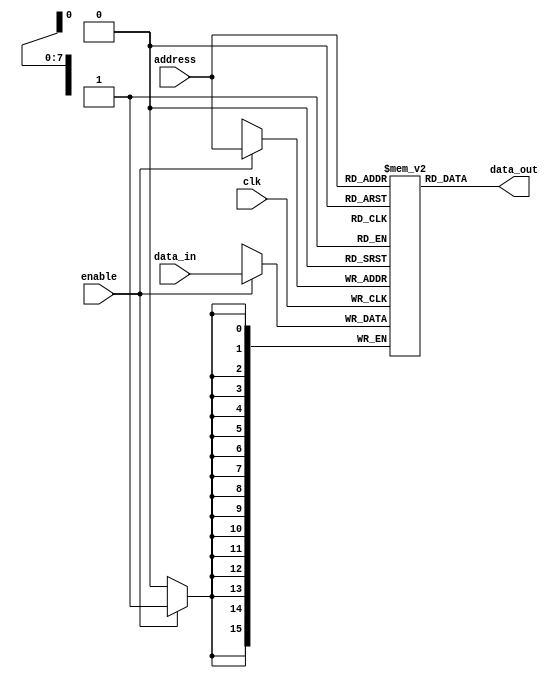
`timescale 1ns / 1ps
//////////////////////////////////////////////////////////////////////////////////
// Company: 
// Engineer: 
// 
// Design Name: 
// Module Name:    A_256_16_Memory 
// Project Name: 
// Target Devices: 
// Tool versions: 
// Description: 
//
// Dependencies: 
//
// Revision: 
// Revision 0.01 - File Created
// Additional Comments: 
//
//////////////////////////////////////////////////////////////////////////////////
module A_256_16_Memory(input enable,input clk,
			input [7:0]address,input [15:0]data_in,
			output[15:0]data_out);
	reg [15:0]memory[0:255];	
	assign data_out=memory[address];
	always@(posedge clk)
	if(enable)memory[address]<=data_in;
endmodule